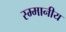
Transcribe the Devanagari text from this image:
स्म्मानीय